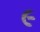
૯